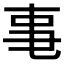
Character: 𪜃